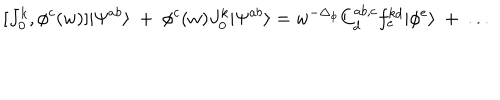
LaTeX: [ J _ { 0 } ^ { k } , \phi ^ { c } ( w ) ] | \Psi ^ { a b } \rangle ~ + ~ \phi ^ { c } ( w ) J _ { 0 } ^ { k } | \Psi ^ { a b } \rangle = w ^ { - \Delta _ { \phi } } C _ { d } ^ { a b , c } f _ { e } ^ { k d } | \phi ^ { e } \rangle ~ + ~ . . .